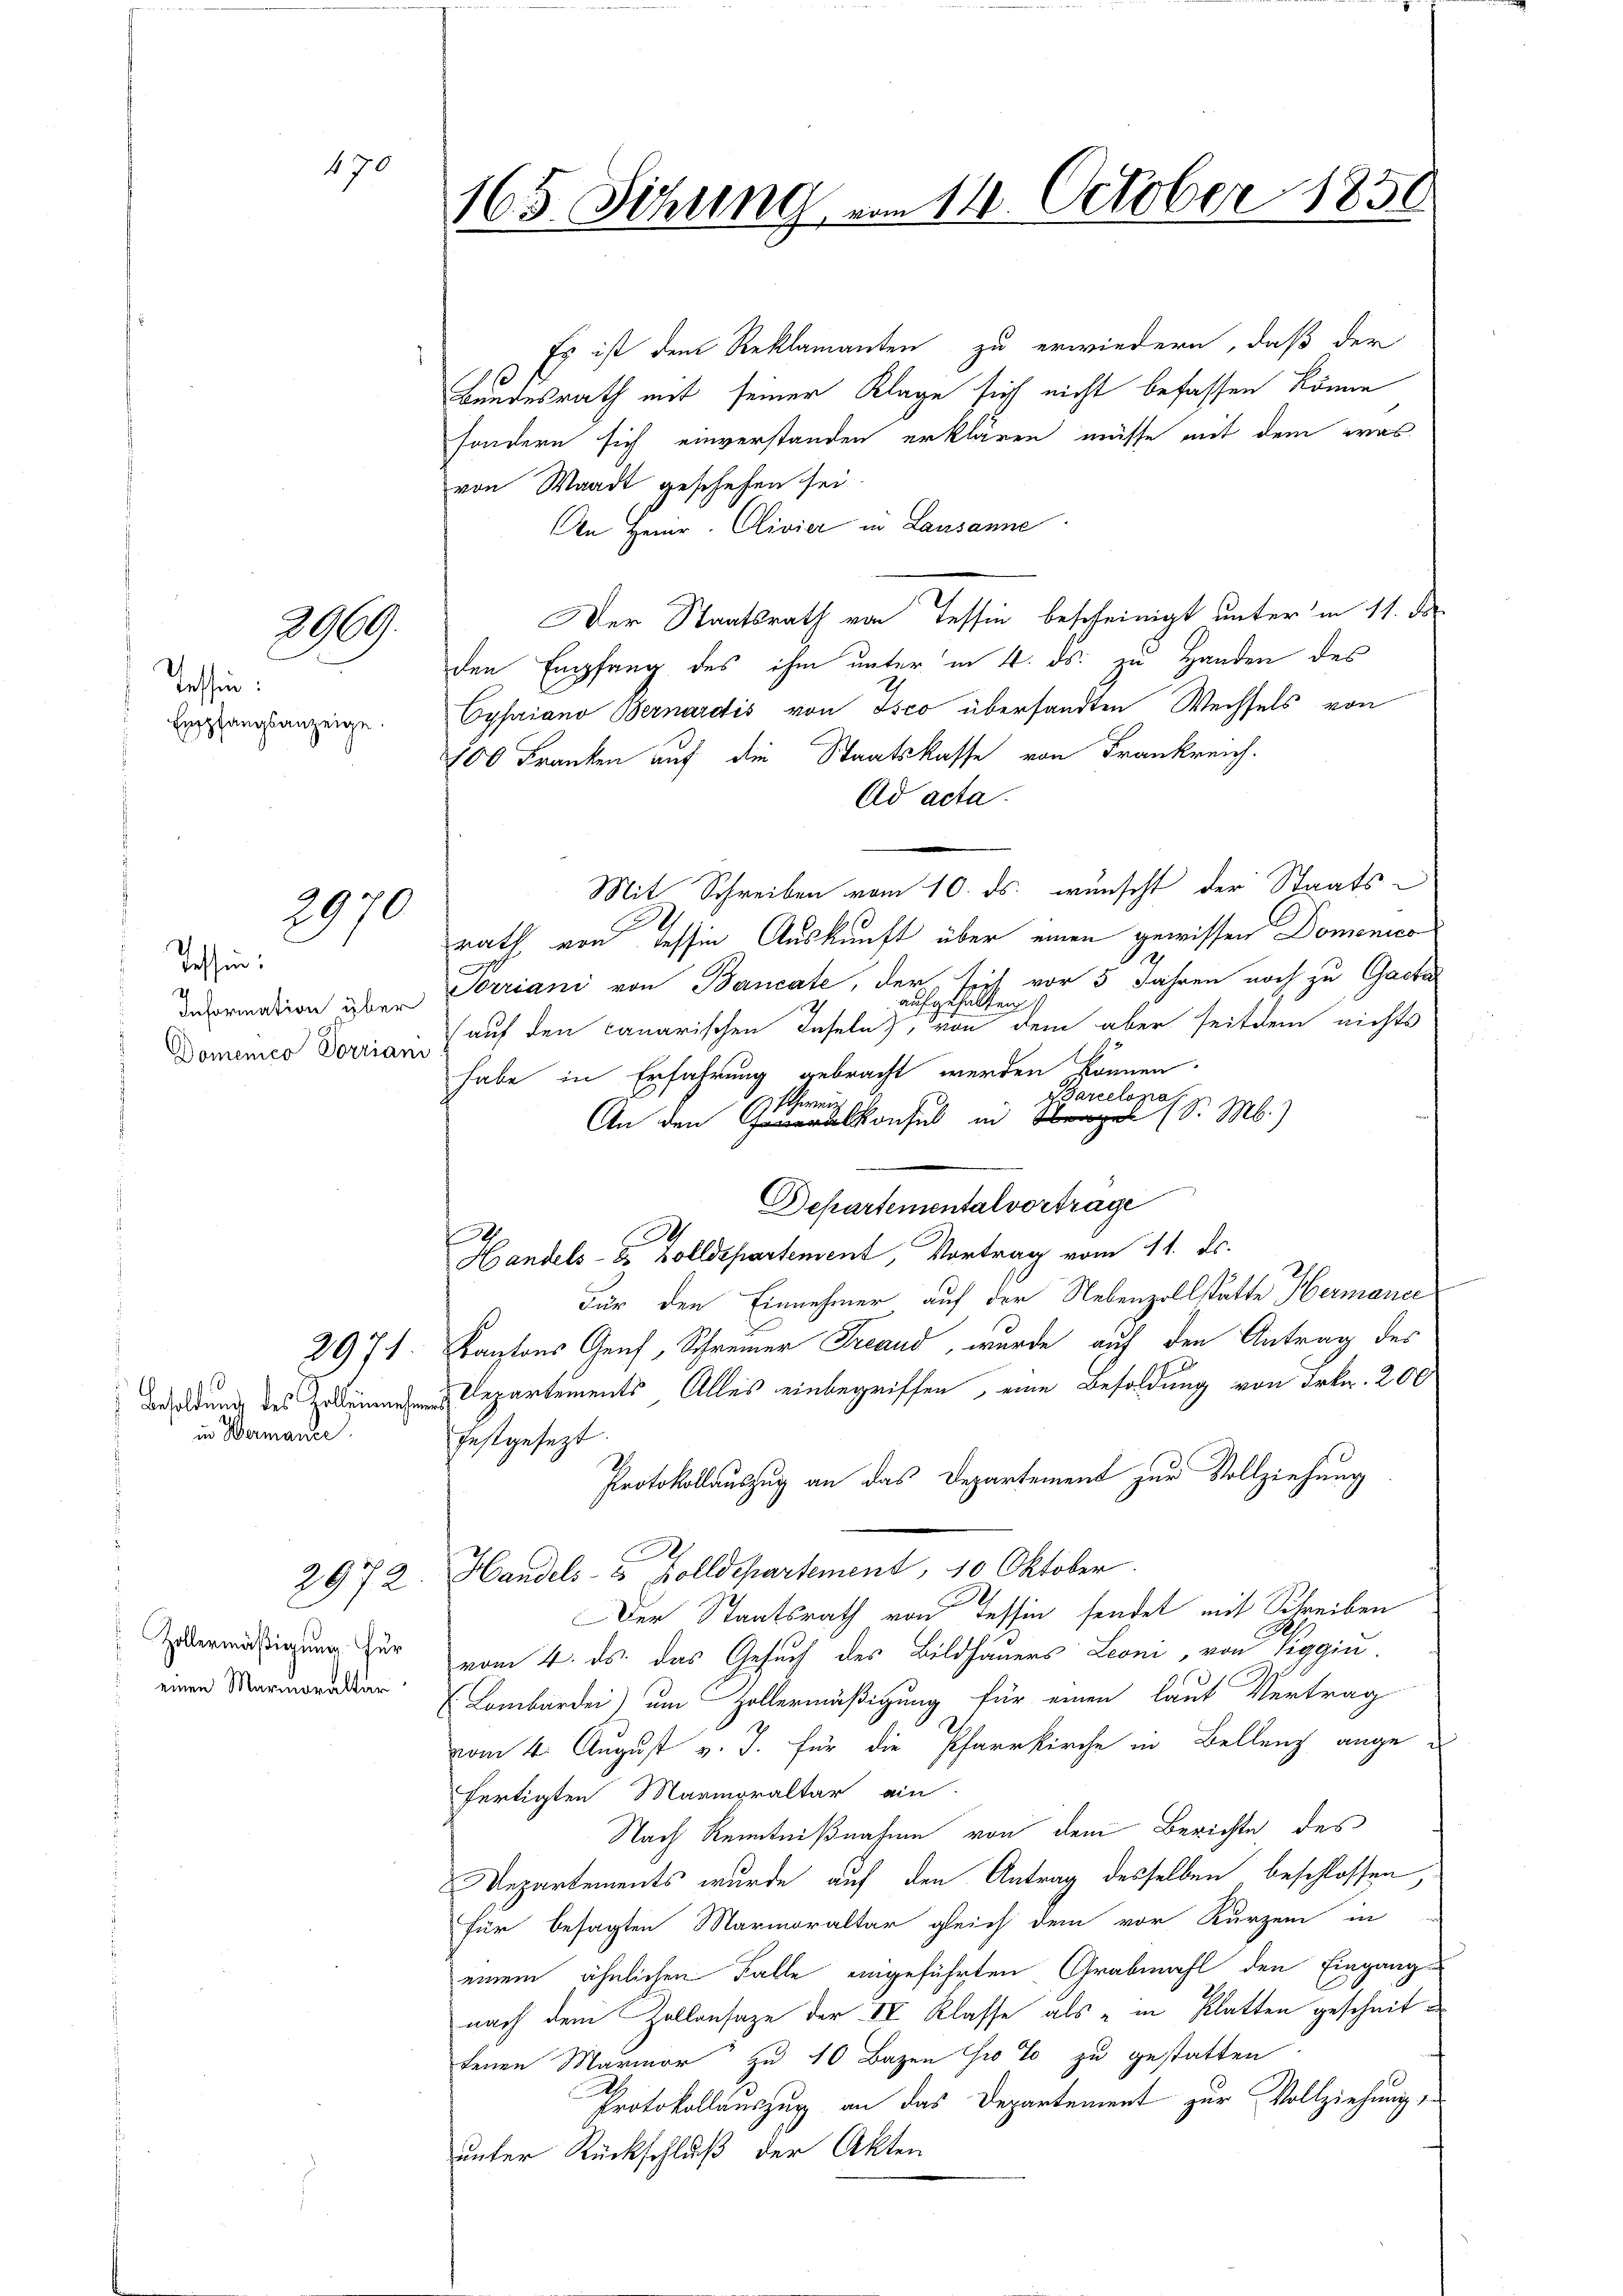
Tessin:
 Empfangsanzeige

269

470

2970

Tessin:
Domenico Vorriani

in Wermante.

Zollermäßigung. Für
 einen Marmoraltar

165. Sitzung vom 14. October 1850

Es ist dem Reklamanten zu erwiedern, daß der
Bundesrath mit seiner Klage sich nicht befassen könne
sondern sich einverstanden erklären müsse mit dem was
von Waadt geschehen sei.
en Heinr. Clivier in Lausanne
Der Staatsrath von Tessin bescheinigt unter in 11. de
den Empfang des ihm unter in 4. ds. zu Handen des
Cypriano Bernardis von Isco übersandten Wechsels von
100 Franken auf die Staatskasse von Frankreich.
Ad acta.
Mit Schreiben vom 10. ds. wünscht der Staatsrath von dessin Auskunft über einen gewissen Domenico
2
devormation über Sorriani von Bancate, der sich vor 5 Jahren noch zu Gacta
aufgese
en
(auf den canarischen Taseln, von dem aber seitdem nichts
habe in Erfahrung gebracht werden können.
Barcelonos
1 Schweiz
An den konsul in S. M.
Departemental vortrage
I
Handels- & Zolldepartement, Vortrag vom 11. ds.
Für den Einnehmer auf der Nebenzollstätte Hermane
2971. Kantons Genf, Schreiner Freund, wurde auf den Antrag des
drung des Repartements Alles einbegriffen, eine Besoldung von Frkn. 200
festgesezt.
Protokollauszug an das Departement zur Vollziehung
2972. Handels- & Zolldepartement, 10 Oktober.
Der Staatsrath von Tessin sendet mit Schreiben
vom 4. ds. das Gesuch des Bildhauers Leoni, von Siggin.
 Lombardei) um Hollermäßigung für einen laut Vertrag
vom 4. August v. J. für die Pfarrkirche in Bellenz angefertigten Marmoraltar ein
Nach Kenntnißnahme von dem Berichte des
Departements wurde auf den Antrag desselben beschlossen,
für besagten Marmoraltar gleich dem vor Kurzem in
einem ähnlichen Falle eingeführten Grabmahl den Eingang
nach dem Zollansaze der IV Klasse als „in Klatten gescheitfenen Mariner zu 10 Bazen Gio to zu gestatten
Protokollauszug an das Departement zur Vollziehung,
unter Rückschluß der Akten

.